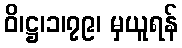
ဝိ၊ဋ္ဌ၊၁၊၇၉၊ မှယူရန်